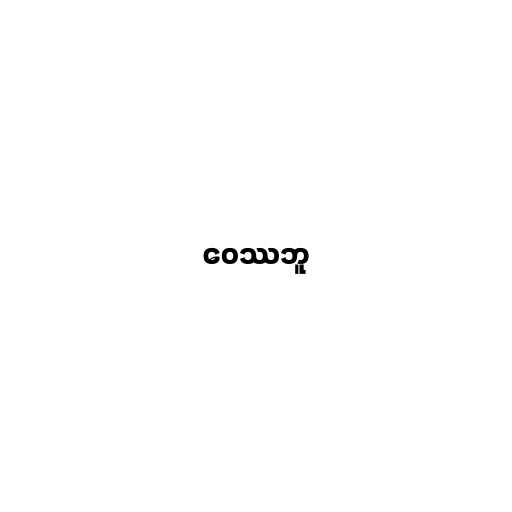
ဝေဿဘူ